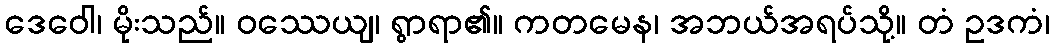
ဒေဝေါ၊ မိုးသည်။ ဝဿေယျ၊ ရွာရာ၏။ ကတမေန၊ အဘယ်အရပ်သို့။ တံ ဥဒကံ၊